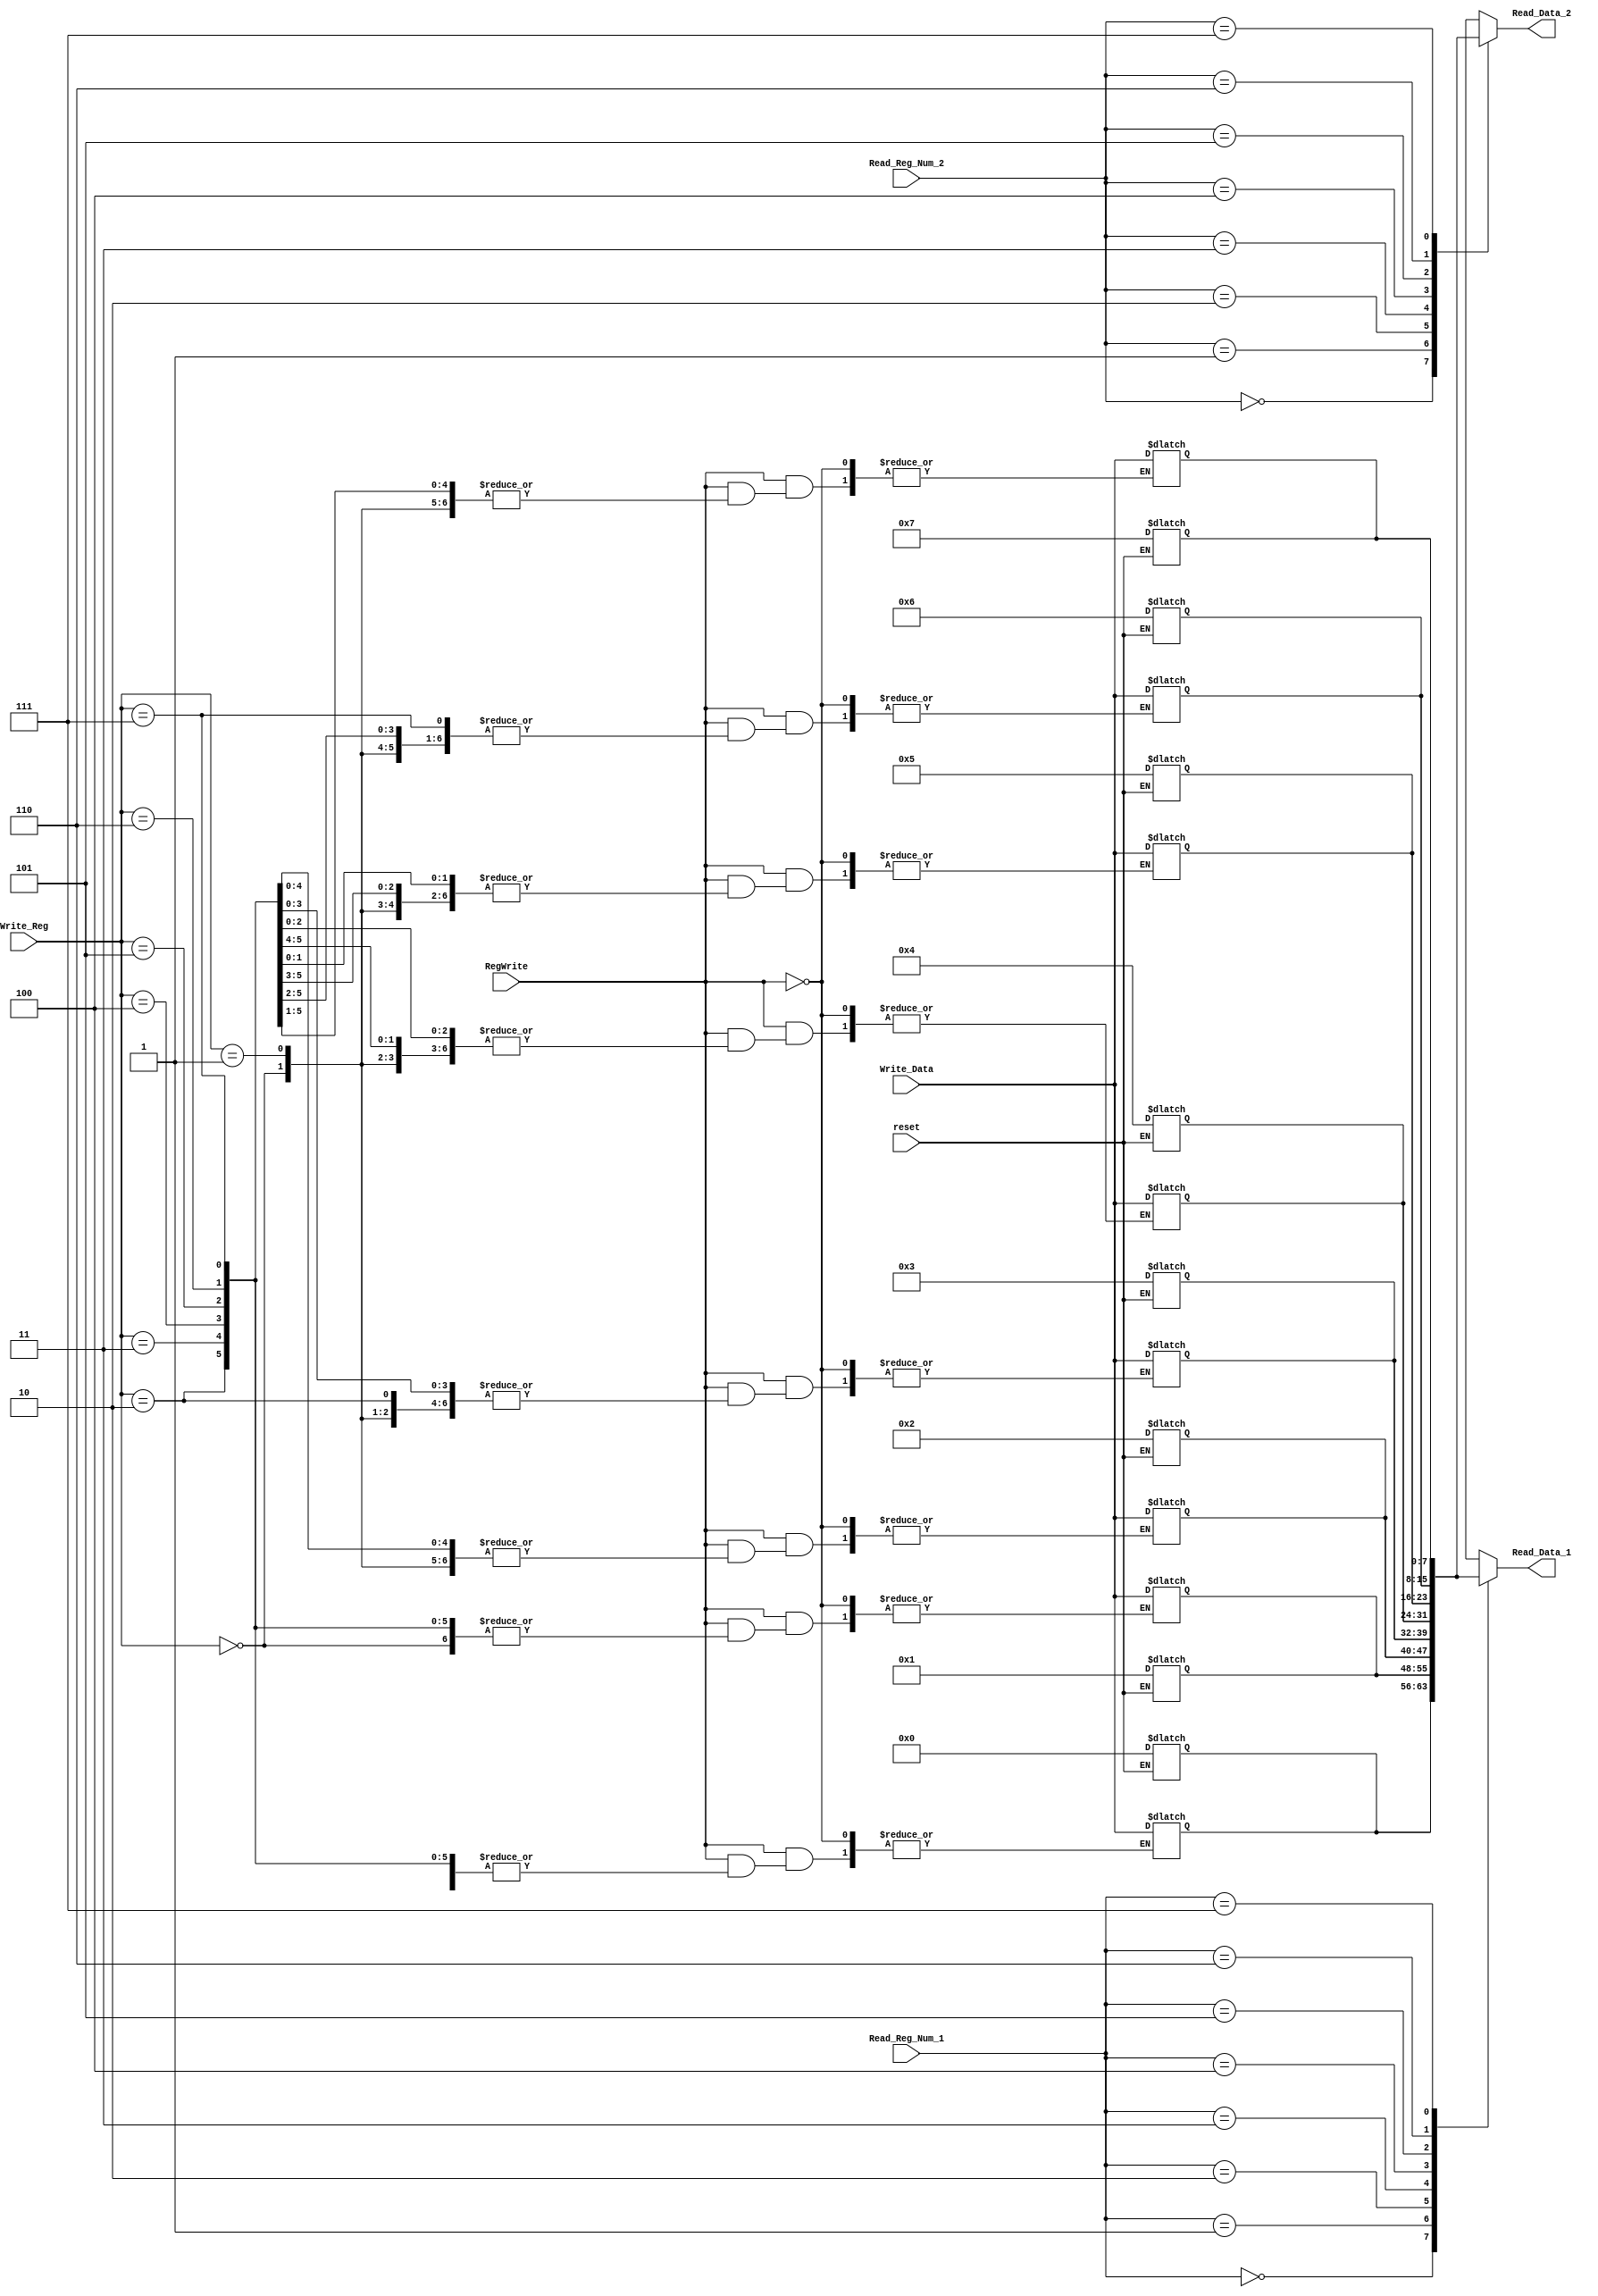

module Register_file(
	input [2:0] Read_Reg_Num_1,
	input [2:0] Read_Reg_Num_2,
	input [2:0] Write_Reg,
	input [7:0] Write_Data,
	input reset, 
	output [7:0] Read_Data_1,
	output [7:0] Read_Data_2,
	input RegWrite
);
reg [7:0] RegMemory [7:0];
//assigning the default values of register when beginning a process
always @ (reset) begin
if (reset==0) begin
RegMemory[0]=8'h0; 	RegMemory[1]=8'h1; 	RegMemory[2]=8'h2; 	RegMemory[3]=8'h3;
RegMemory[4]=8'h4; 	RegMemory[5]=8'h5; 	RegMemory[6]=8'h6; 	RegMemory[7]=8'h7;
end
end

assign Read_Data_1=RegMemory[Read_Reg_Num_1];
assign Read_Data_2=RegMemory[Read_Reg_Num_2];

always @ (*) begin
if (RegWrite) begin
RegMemory[Write_Reg]= Write_Data;
end
end
endmodule

module control_unit(input [7:0]IFIDIR, output  RegWrite, output  AluOp);

assign RegWrite=~IFIDIR[7];
assign AluOp=IFIDIR[6];

endmodule